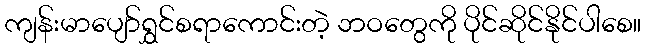
ကျန်းမာပျော်ရွှင်စရာကောင်းတဲ့ ဘဝတွေကို ပိုင်ဆိုင်နိုင်ပါစေ။